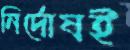
নির্দোষই